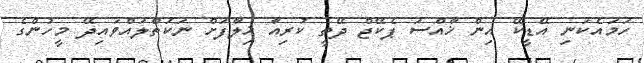
ހަމައެކަނި އޭޑީކޭ އިން ޚާއްސަ ޕެކޭޖް ދޭތީ ކުރިއާ ޚިލާފަށް ނަކަތްލައްވައިދޭ މީހުންގެ